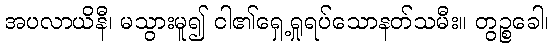
အပလာယိနီ၊ မသွားမူ၍ ငါ၏ရှေ့ရှုရပ်သောနတ်သမီး။ တွဉ္စခေါ၊